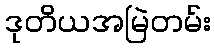
ဒုတိယအမြဲတမ်း